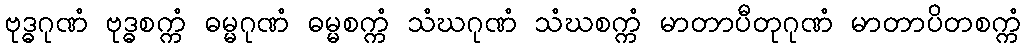
ဗုဒ္ဓဂုဏံ ဗုဒ္ဓစက္ကံ ဓမ္မဂုဏံ ဓမ္မစက္ကံ သံဃဂုဏံ သံဃစက္ကံ မာတာပီတုဂုဏံ မာတာပိတစက္ကံ